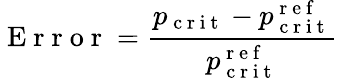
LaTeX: \mathrm{~E~r~r~o~r~}=\frac{p_{\mathrm{~c~r~i~t~}}-p_{\mathrm{~c~r~i~t~}}^{\mathrm{~r~e~f~}}}{p_{\mathrm{~c~r~i~t~}}^{\mathrm{~r~e~f~}}}